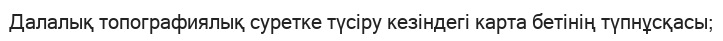
Далалық топографиялық суретке түсіру кезіндегі карта бетінің түпнұсқасы;